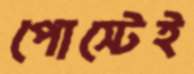
পোস্টেই